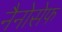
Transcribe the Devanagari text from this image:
नैनोसेफ